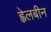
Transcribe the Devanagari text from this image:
ह्वेलबीन